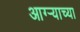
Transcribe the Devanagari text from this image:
आग्‍र्‍याच्या